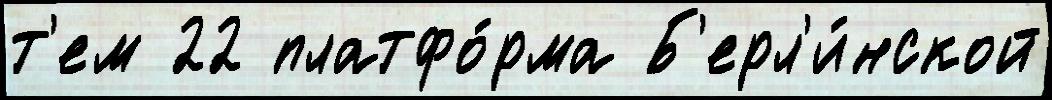
т'ем 22 платфо́рма Б'ерл'и́нской